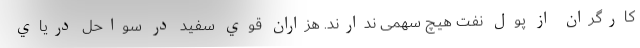
کارگران از پول نفت هیچ سهمی ندارند. هزاران قوي سفيد در سواحل درياي